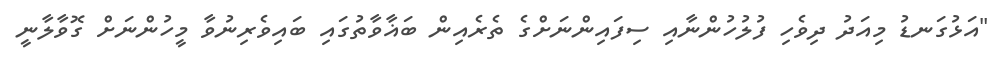
"އަޅުގަނޑު މިއަދު ދިވެހި ފުލުހުންނާއި ސިފައިންނަށްގެ ތެރެއިން ބަޣާވާތުގައި ބައިވެރިނުވާ މީހުންނަށް ގޮވާލާނީ